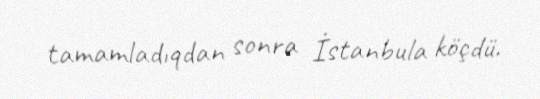
tamamladıqdan sonra İstanbula köçdü.